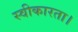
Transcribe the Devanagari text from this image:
स्वीकारता।